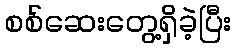
စစ်ဆေးတွေ့ရှိခဲ့ပြီး